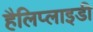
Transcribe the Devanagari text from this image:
हैलिप्लाइडी